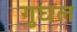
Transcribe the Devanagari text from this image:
गुघल